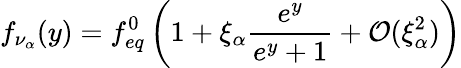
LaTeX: f_{\nu_{\alpha}}(y)=f_{eq}^{0}\left(1+\xi_{\alpha}\frac{e^{y}}{e^{y}+1}+{\cal O}(\xi_{\alpha}^{2})\right)